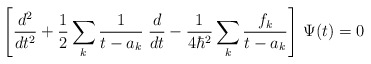
\begin{align*}\left[{d^2\over dt^2}+{1\over 2}\sum_k{1\over t-a_k}\;{d\over dt}-{1\over 4\hbar^2}\sum_k{f_k\over t-a_k}\right]\,\Psi(t)=0\end{align*}